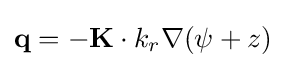
{\textbf {q}}=-{\textbf {K}}\cdot k_{r}\nabla (\psi +z)